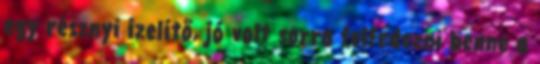
egy résznyi ízelítő, jó volt sorra felfedezni benne a